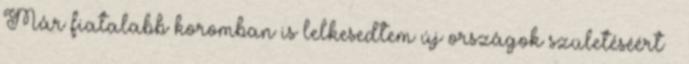
Már fiatalabb koromban is lelkesedtem új országok születéséért –